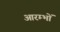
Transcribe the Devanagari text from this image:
आरम्भों